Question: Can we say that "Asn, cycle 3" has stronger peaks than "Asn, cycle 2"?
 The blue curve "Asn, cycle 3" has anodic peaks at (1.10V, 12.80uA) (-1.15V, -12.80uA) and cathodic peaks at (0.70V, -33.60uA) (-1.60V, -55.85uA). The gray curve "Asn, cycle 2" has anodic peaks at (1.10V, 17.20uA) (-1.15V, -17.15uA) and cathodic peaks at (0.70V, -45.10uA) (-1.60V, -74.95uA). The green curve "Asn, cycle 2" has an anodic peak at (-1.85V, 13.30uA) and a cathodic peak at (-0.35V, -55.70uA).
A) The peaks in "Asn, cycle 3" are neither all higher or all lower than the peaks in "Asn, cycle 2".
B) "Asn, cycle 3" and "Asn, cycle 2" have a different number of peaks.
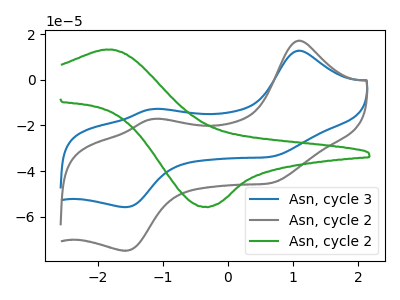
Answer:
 <answer>A) The peaks in "Asn, cycle 3" are neither all higher or all lower than the peaks in "Asn, cycle 2".</answer>
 <eval>A</eval>